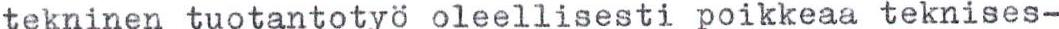
tekninen tuotantotyö oleellisesti poikkeaa teknises-